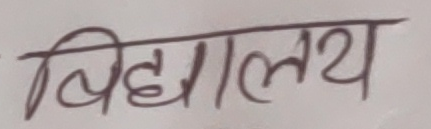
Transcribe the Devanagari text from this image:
विद्यालय